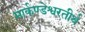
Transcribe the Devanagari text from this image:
मार्कण्डेश्वरतीर्थ